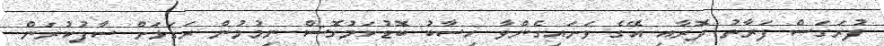
ފުރަގަސް ފަރާތު ދޮރާއި އޭގެ ވަށައިގެންވާ ހިސާބު ބޮޑުކަމުގޮސް ނިމުމުން ރަގަޅަށް ސާފުކުރަން